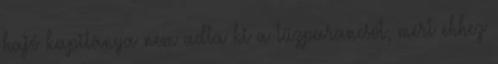
hajó kapitánya nem adta ki a tűzparancsot, mert ehhez